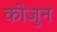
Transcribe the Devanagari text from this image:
कोजुन